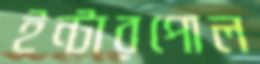
ইন্টারপোল